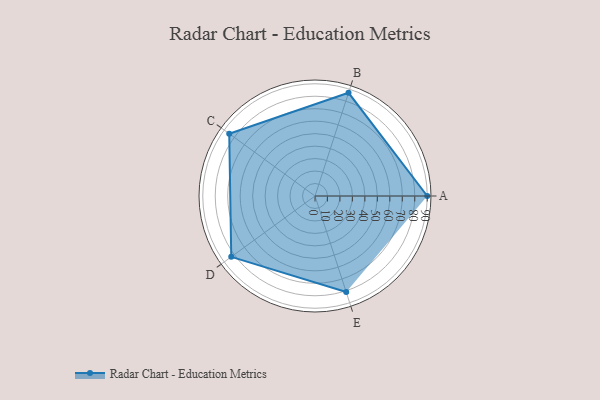
{"axis": {"x": "Skill", "y": "Score"}, "legend": ["Profile"], "data": [{"x": "A", "y": 90.0, "type": "Profile"}, {"x": "B", "y": 87.0, "type": "Profile"}, {"x": "C", "y": 85.0, "type": "Profile"}, {"x": "D", "y": 83.0, "type": "Profile"}, {"x": "E", "y": 81.0, "type": "Profile"}]}